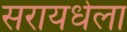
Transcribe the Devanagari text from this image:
सरायधेला